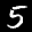
Label: 5